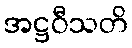
အဋ္ဌဝီသတိ